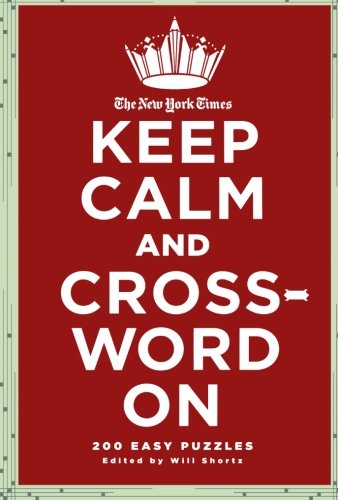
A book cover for The New York Times Keep Calm and Crossword On: 200 Easy Puzzles; The New York Times; Humor & Entertainment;